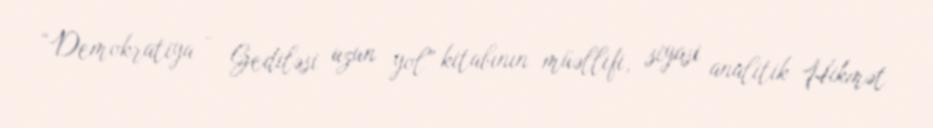
“Demokratiya - Gediləsi uzun yol” kitabının müəllifi, siyasi analitik Hikmət